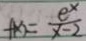
f ( x ) = \frac { e ^ { x } } { x - 2 }